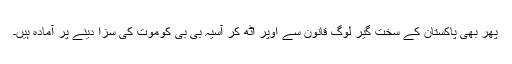
پھر بھی پاکستان کے سخت گیر لوگ قانون سے اوپر اٹھ کر آسیہ بی بی کوموت کی سزا دینے پر آمادہ ہیں۔